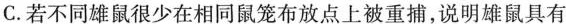
C.若不同雄鼠很少在相同鼠笼布放点上被重捕，说明雄鼠具有